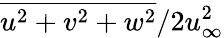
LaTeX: \overline{{u^{2}+v^{2}+w^{2}}}/2u_{\infty}^{2}